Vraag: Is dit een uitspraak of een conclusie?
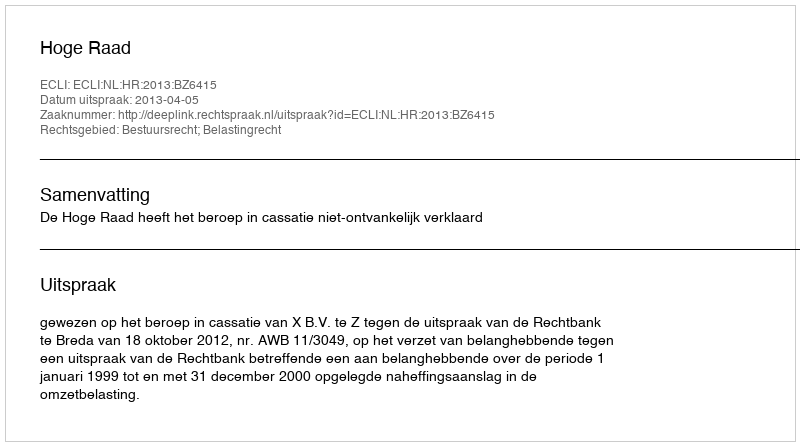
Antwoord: Uitspraak